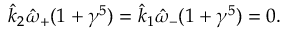
\hat { k } _ { 2 } \hat { \omega } _ { + } ( 1 + \gamma ^ { 5 } ) = \hat { k } _ { 1 } \hat { \omega } _ { - } ( 1 + \gamma ^ { 5 } ) = 0 .